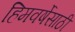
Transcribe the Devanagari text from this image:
हिमवर्षेसाठी